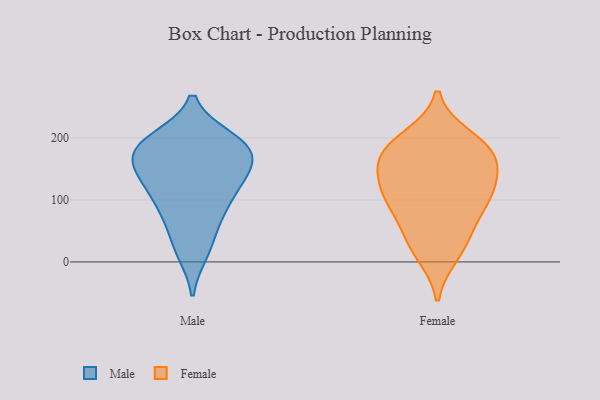
{"axis": {"x": "Production Output", "y": "Value"}, "legend": ["Female", "Male"], "data": [{"x": "", "y": 95, "type": "Male"}, {"x": "", "y": 171, "type": "Male"}, {"x": "", "y": 136, "type": "Male"}, {"x": "", "y": 156, "type": "Male"}, {"x": "", "y": 198, "type": "Male"}, {"x": "", "y": 191, "type": "Male"}, {"x": "", "y": 129, "type": "Male"}, {"x": "", "y": 168, "type": "Male"}, {"x": "", "y": 16, "type": "Male"}, {"x": "", "y": 197, "type": "Male"}, {"x": "", "y": 77, "type": "Male"}, {"x": "", "y": 25, "type": "Male"}, {"x": "", "y": 69, "type": "Male"}, {"x": "", "y": 139, "type": "Male"}, {"x": "", "y": 183, "type": "Male"}, {"x": "", "y": 112, "type": "Male"}, {"x": "", "y": 187, "type": "Male"}, {"x": "", "y": 114, "type": "Female"}, {"x": "", "y": 113, "type": "Female"}, {"x": "", "y": 200, "type": "Female"}, {"x": "", "y": 176, "type": "Female"}, {"x": "", "y": 98, "type": "Female"}, {"x": "", "y": 51, "type": "Female"}, {"x": "", "y": 154, "type": "Female"}, {"x": "", "y": 83, "type": "Female"}, {"x": "", "y": 162, "type": "Female"}, {"x": "", "y": 181, "type": "Female"}, {"x": "", "y": 13, "type": "Female"}, {"x": "", "y": 123, "type": "Female"}, {"x": "", "y": 28, "type": "Female"}, {"x": "", "y": 185, "type": "Female"}]}